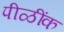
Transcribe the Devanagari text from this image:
पीळींक